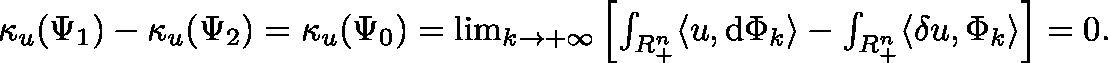
\begin{array} { r } { \kappa _ { u } ( \Psi _ { 1 } ) - \kappa _ { u } ( \Psi _ { 2 } ) = \kappa _ { u } ( \Psi _ { 0 } ) = \operatorname* { l i m } _ { k \rightarrow + \infty } \left[ \int _ { \mathbb { R } _ { + } ^ { n } } \langle u , \mathrm { d } { \Phi _ { k } } \rangle - \int _ { \mathbb { R } _ { + } ^ { n } } \langle \mathbf { \delta } u , { \Phi _ { k } } \rangle \right] = 0 \mathrm { . ~ } } \end{array}